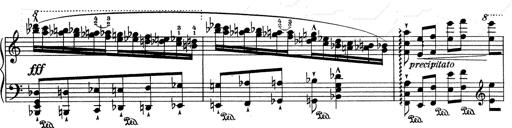
Title: RÃ©miniscences de Don Juan
Composer: Franz Liszt